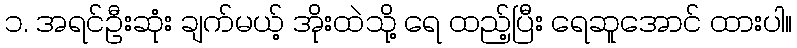
၁. အရင်ဦးဆုံး ချက်မယ့် အိုးထဲသို့ ရေ ထည့်ပြီး ရေဆူအောင် ထားပါ။